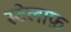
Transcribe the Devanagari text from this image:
स्टेलाफ़